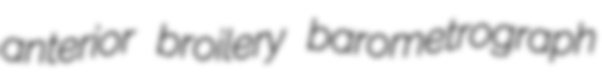
anterior broilery barometrograph